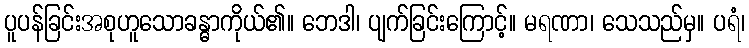
ပူပန်ခြင်းအစုဟူသောခန္ဓာကိုယ်၏။ ဘေဒါ၊ ပျက်ခြင်းကြောင့်။ မရဏာ၊ သေသည်မှ။ ပရံ၊